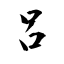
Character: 呂